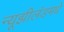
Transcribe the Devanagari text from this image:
न्यूझीलंडमधे